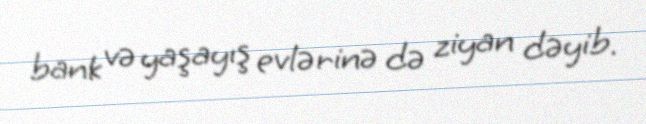
bank və yaşayış evlərinə də ziyan dəyib.